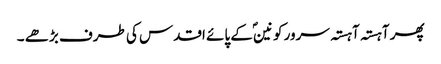
پھر آہستہ آہستہ سرور کونینؐ کے پائے اقدس کی طرف بڑھے ۔